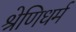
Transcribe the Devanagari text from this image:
श्रेणिधर्म